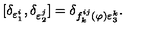
\lbrack \delta _ { \varepsilon _ { 1 } ^ { i } } , \delta _ { \varepsilon _ { 2 } ^ { j } } ] = \delta _ { f _ { k } ^ { i j } ( \varphi ) \varepsilon _ { 3 } ^ { k } } .